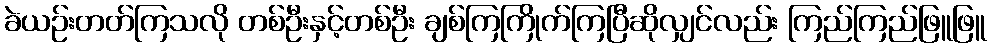
ခဲယဉ်းတတ်ကြသလို တစ်ဦးနှင့်တစ်ဦး ချစ်ကြကြိုက်ကြပြီဆိုလျှင်လည်း ကြည်ကြည်ဖြူဖြူ